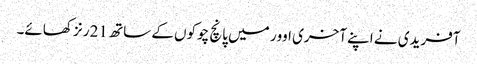
آفریدی نے اپنے آخری اوور میں پانچ چوکوں کے ساتھ 21 رنز کھائے۔